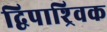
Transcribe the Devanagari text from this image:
द्विपाश्र्विक